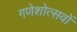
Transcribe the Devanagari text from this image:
गणेशोत्सवों